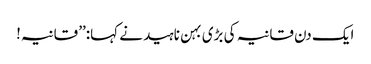
ایک دن قانیہ کی بڑی بہن ناہید نے کہا:’’ قانیہ!